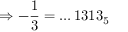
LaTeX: \Rightarrow - { \frac { 1 } { 3 } } = \dots 1 3 1 3 _ { 5 }